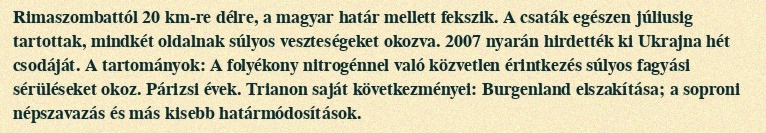
Rimaszombattól 20 km-re délre, a magyar határ mellett fekszik. A csaták egészen júliusig tartottak, mindkét oldalnak súlyos veszteségeket okozva. 2007 nyarán hirdették ki Ukrajna hét csodáját. A tartományok: A folyékony nitrogénnel való közvetlen érintkezés súlyos fagyási sérüléseket okoz. Párizsi évek. Trianon saját következményei: Burgenland elszakítása; a soproni népszavazás és más kisebb határmódosítások.